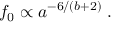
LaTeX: f _ { 0 } \propto a ^ { - 6 / \left( b + 2 \right) } \; .